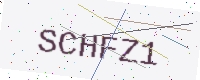
Text: SCHFZ1